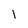
Character: I